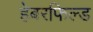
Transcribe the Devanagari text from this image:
हेबरफिल्ड